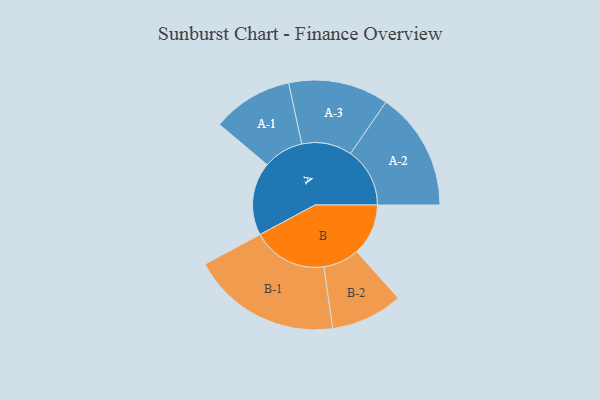
{"axis": {"x": "Segment", "y": "Value"}, "legend": ["", "A", "B"], "data": [{"x": "A", "y": 254, "type": ""}, {"x": "B", "y": 179, "type": ""}, {"x": "A-1", "y": 140, "type": "A"}, {"x": "A-2", "y": 206, "type": "A"}, {"x": "A-3", "y": 174, "type": "A"}, {"x": "B-1", "y": 260, "type": "B"}, {"x": "B-2", "y": 125, "type": "B"}]}